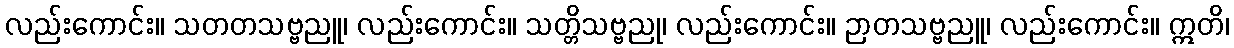
လည်းကောင်း။ သတတသဗ္ဗညူ၊ လည်းကောင်း။ သတ္တိသဗ္ဗညု၊ လည်းကောင်း။ ဉာတသဗ္ဗညူ၊ လည်းကောင်း။ ဣတိ၊